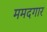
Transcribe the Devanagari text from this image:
ममदगार